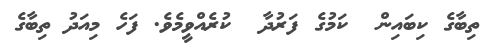
ތިބާގެ ކިބައިން  ކަމުގެ ފަރުދާ  ކުރެއްވީމެވެ. ފަހެ މިއަދު ތިބާގެ